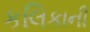
કલિકાની